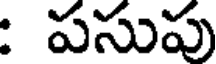
: పసుపు